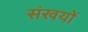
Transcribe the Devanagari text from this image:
संखयों